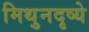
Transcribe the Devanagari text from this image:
मिथुनदृष्ये